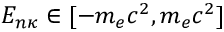
E _ { n \kappa } \in [ - m _ { e } c ^ { 2 } , m _ { e } c ^ { 2 } ]